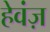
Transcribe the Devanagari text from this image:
हेवंज़